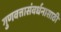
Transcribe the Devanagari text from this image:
गुणवत्तासंवर्धनासाठी